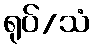
ရုပ်/သံ